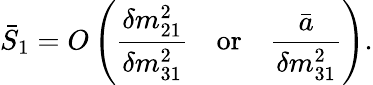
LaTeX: \bar{S}_{1}=O\left(\frac{\delta m_{21}^{2}}{\delta m_{31}^{2}}\quad\mathrm{or}\quad\frac{\bar{a}}{\delta m_{31}^{2}}\right).